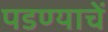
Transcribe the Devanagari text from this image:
पडण्याचें